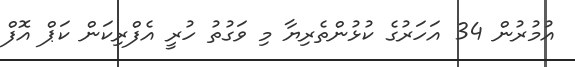
އުމުރުން 34 އަހަރުގެ ކުޅުންތެރިޔާ މި ވަގުތު ހުރީ އެފްރިކަން ކަޕް އޮފް